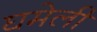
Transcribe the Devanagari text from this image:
घमेली